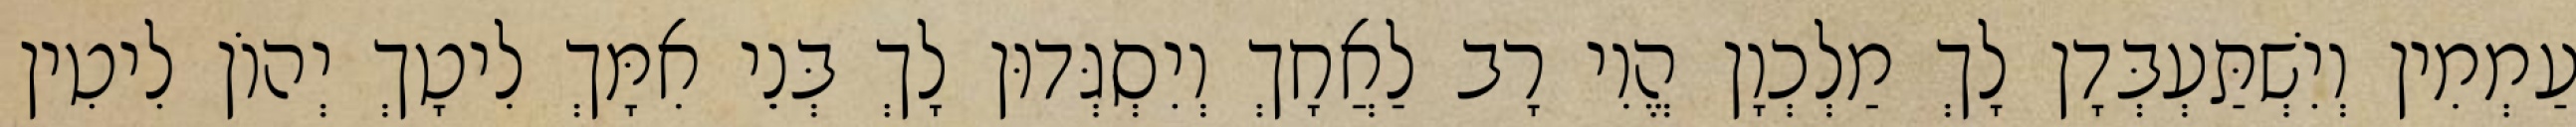
עַמְמִין וְיִשְׁתַּעְבְּדָן לָךְ מַלְכְוָן הֱוִי רָב לַאֲחָךְ וְיִסְגְּדוּן לָךְ בְּנֵי אִמָּךְ לִיטָךְ יְהוֹן לִיטִין